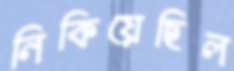
নিকিয়েছিল